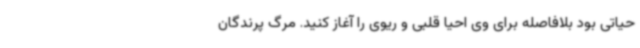
حیاتی بود بلافاصله برای وی احیا قلبی و ریوی را آغاز کنید. مرگ پرندگان